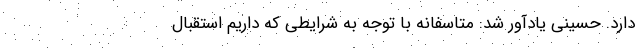
دارد. حسینی یادآور شد: متاسفانه با توجه به شرایطی که داریم استقبال